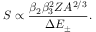
S \propto \frac { \beta _ { 2 } \beta _ { 3 } ^ { 2 } Z A ^ { 2 / 3 } } { \Delta E _ { \pm } } .